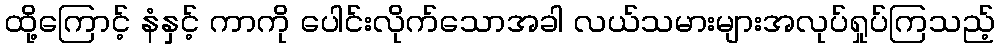
ထို့ကြောင့် နံနှင့် ကာကို ပေါင်းလိုက်သောအခါ လယ်သမားများအလုပ်ရှုပ်ကြသည့်